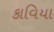
કાવિયા